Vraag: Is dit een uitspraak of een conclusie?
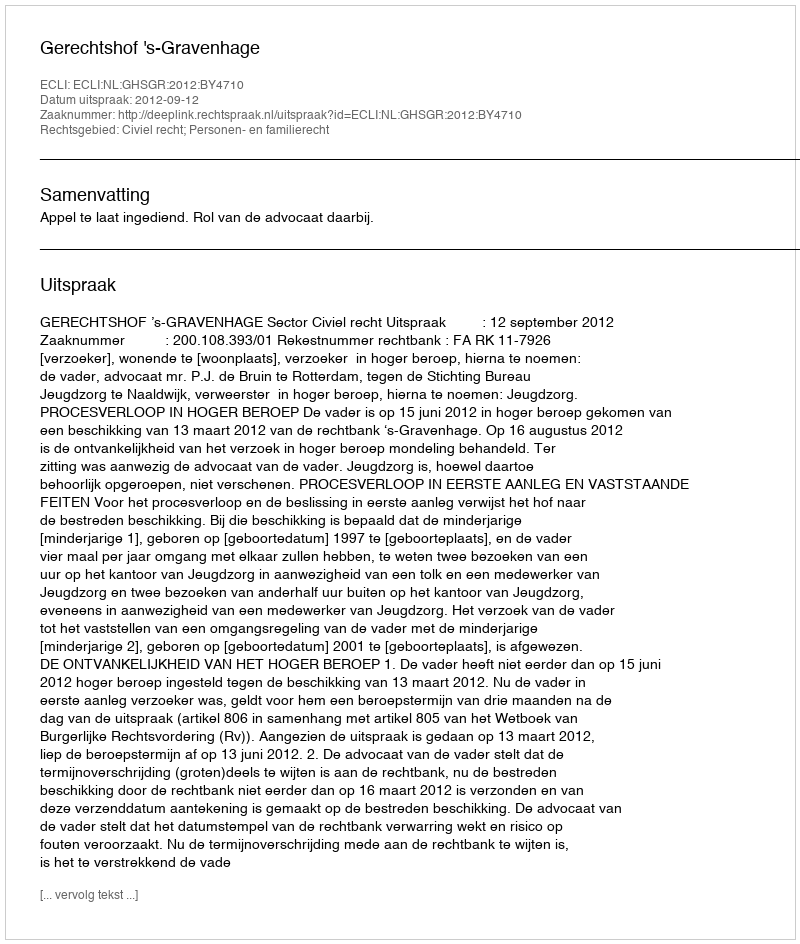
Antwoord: Uitspraak